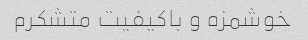
خوشمزه و باکیفیت متشکرم